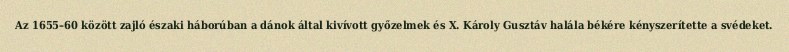
Az 1655–60 között zajló északi háborúban a dánok által kivívott győzelmek és X. Károly Gusztáv halála békére kényszerítette a svédeket.